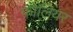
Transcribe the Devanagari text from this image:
फ़ोलियर